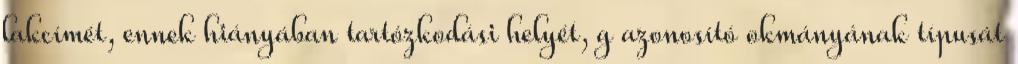
lakcímét, ennek hiányában tartózkodási helyét, g azonosító okmányának típusát